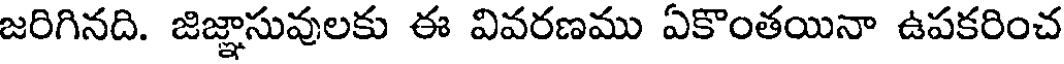
జరిగినది. జిజ్ఞాసువులకు ఈ వివరణము ఏకొంతయినా ఉపకరించ